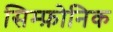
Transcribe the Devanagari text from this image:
सिम्फ़ोनिक